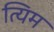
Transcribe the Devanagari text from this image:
त्यिम